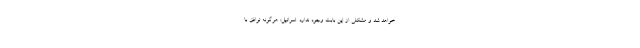
خواهد شد و مشکلی از این بابت وجود ندارد. اسرائیل: هرگونه توافق با